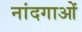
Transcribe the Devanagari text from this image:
नांदगाओं